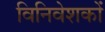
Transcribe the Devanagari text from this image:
विनिवेशकों